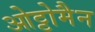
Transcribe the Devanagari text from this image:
ओट्टोमैन